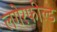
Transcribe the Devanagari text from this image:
लगेरफील्ड